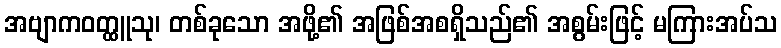
အဗျာကဝတ္ထူသု၊ တစ်ခုသော အဖို့၏ အဖြစ်အစရှိသည်၏ အစွမ်းဖြင့် မကြားအပ်သ